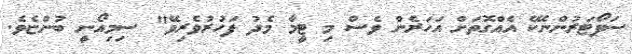
ސަޕޯޓަރުންނެކޭ އެއްގޮތަށް އަހަރެން ވެސް މި ޓީމާ މެދު ފަހުރުވެރިވޭ" ސިމިއޯނީ ބުންޏެވެ.